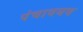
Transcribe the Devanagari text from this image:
पंचावयव